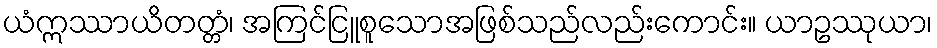
ယံဣဿာယိတတ္တံ၊ အကြင်ငြူစူသောအဖြစ်သည်လည်းကောင်း။ ယာဥဿုယာ၊